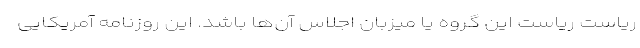
ریاست ریاست این گروه یا میزبان اجلاس آن‌ها باشد. این روزنامه آمریکایی